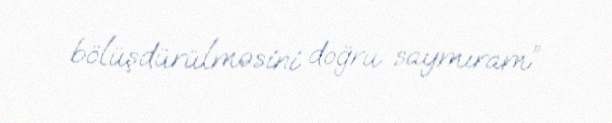
bölüşdürülməsini doğru saymıram”.